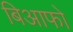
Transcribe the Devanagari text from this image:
बिआफो